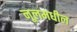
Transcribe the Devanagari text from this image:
नूलमधील